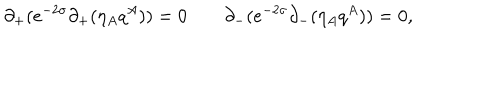
\partial _ { + } ( e ^ { - 2 \sigma } \partial _ { + } ( \eta _ { A } q ^ { A } ) ) = 0 \partial _ { - } ( e ^ { - 2 \sigma } \partial _ { - } ( \eta _ { A } q ^ { A } ) ) = 0 ,